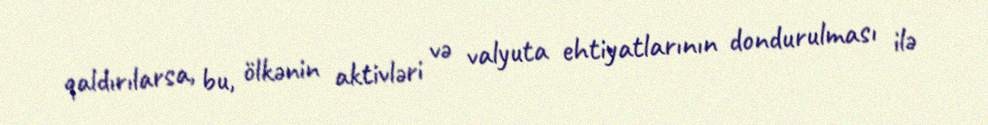
qaldırılarsa, bu, ölkənin aktivləri və valyuta ehtiyatlarının dondurulması ilə